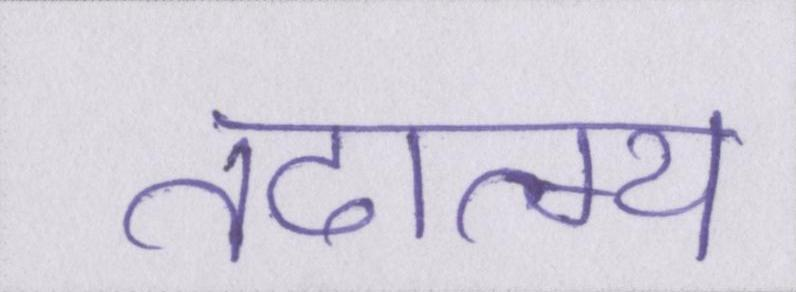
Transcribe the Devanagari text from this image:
तदात्म्य